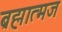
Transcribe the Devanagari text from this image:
ब्रह्मात्मज